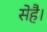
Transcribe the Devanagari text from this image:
सेहै।